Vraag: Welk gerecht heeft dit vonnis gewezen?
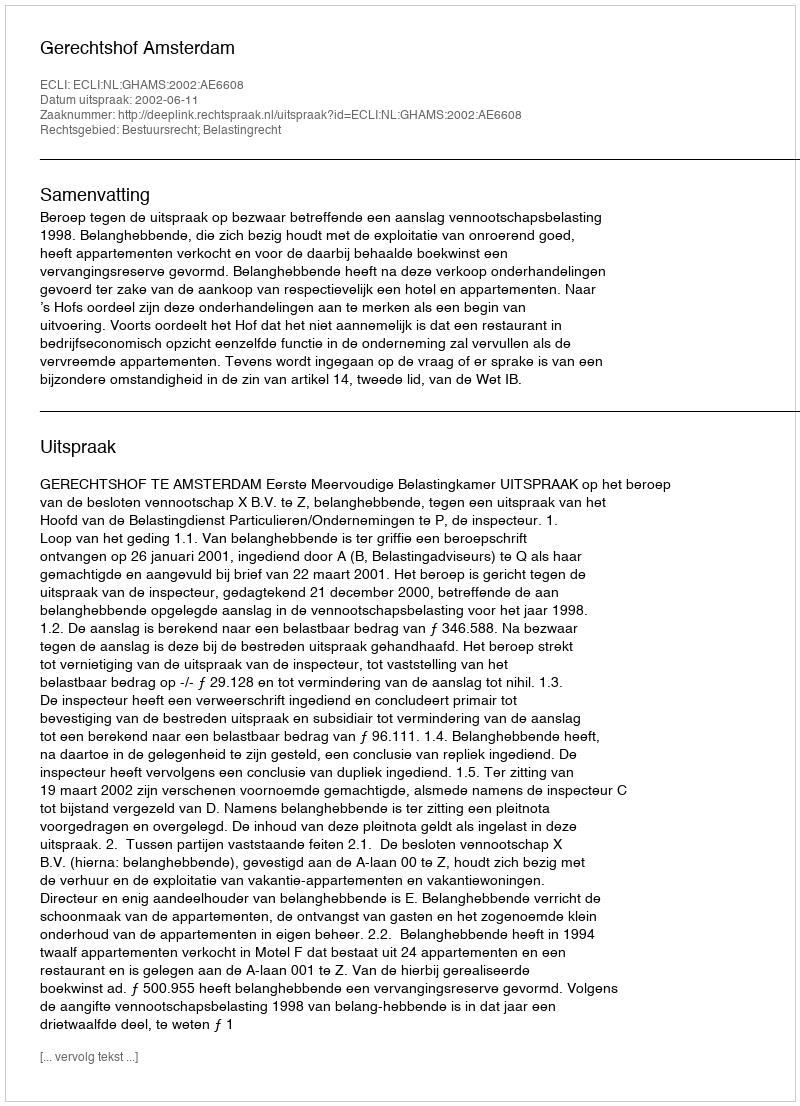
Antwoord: Gerechtshof Amsterdam